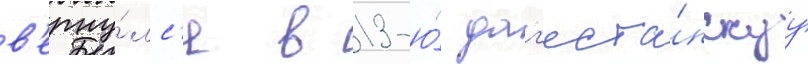
в'ерну́лс'я в 13-ю́ даг'еста́нскуу